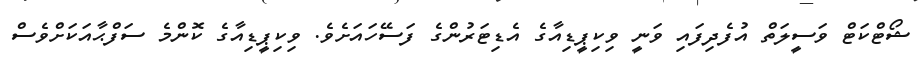
ޝޯޓްކަޓް ވަސީލަތް އުފެދިފައި ވަނީ ވިކިޕީޑިއާގެ އެޑިޓަރުންގެ ފަސޭހައަށެވެ. ވިކިޕީޑިއާގެ ކޮންމެ ސަފްޙާއަކަށްވެސް